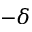
- \delta